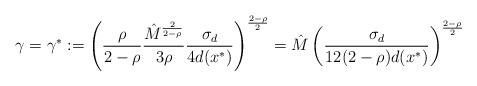
LaTeX: \begin{align*}\gamma=\gamma^*:=\left(\frac{\rho}{2-\rho}\frac{\hat{M}^{\frac{2}{2-\rho}}}{3\rho}\frac{\sigma_d}{4d(x^*)}\right)^{\frac{2-\rho}{2}}=\hat{M}\left(\frac{\sigma_d}{12(2-\rho)d(x^*)}\right)^{\frac{2-\rho}{2}}\end{align*}